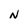
Character: N